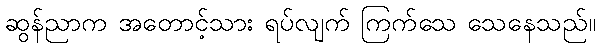
ဆွန်ညာက အတောင့်သား ရပ်လျက် ကြက်သေ သေနေသည်။